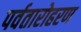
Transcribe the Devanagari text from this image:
पर्वतारोहरण